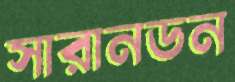
সারানডন